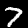
Digit: 7